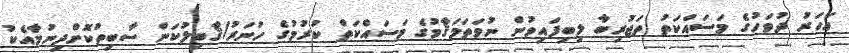
އަހަރު ދުވަހުގެ މަސައްކަތު ތަޖުރިބާ ލިބިފައިވުން ނުވަތަމަޤާމުގެ މަސައްކަތް ކުރުމުގެ ހުނަރު/ޤާބިލުކަން ސާބިތުކޮށްދިނުމާއެކު